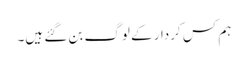
ہم کس کردار کے لوگ بن گئے ہیں۔